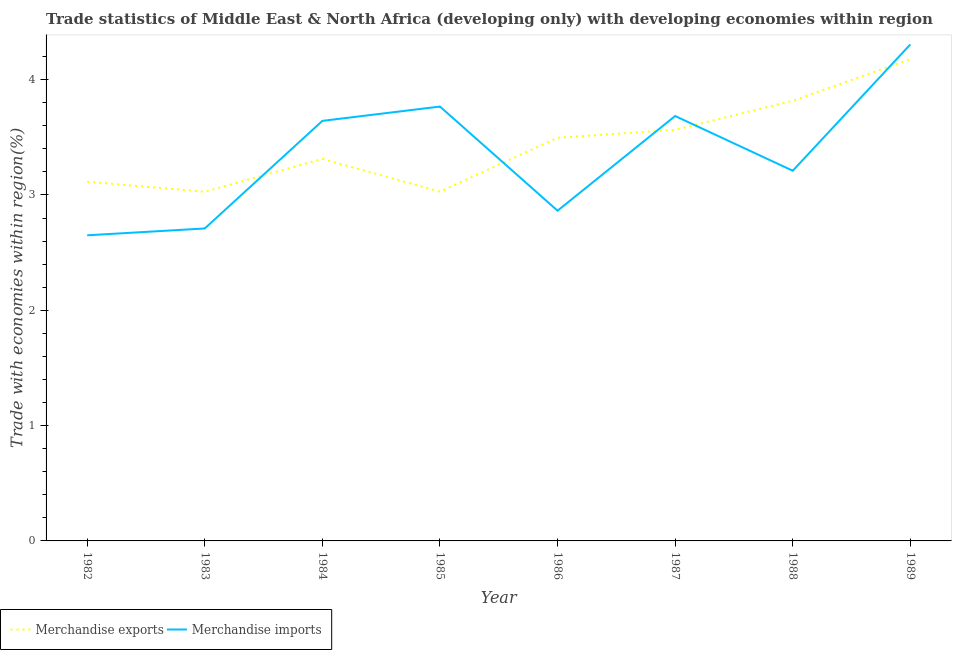
| Year | Merchandise exports | Merchandise imports |
 | --- | --- | --- |
 | 1982 | 3.12 | 2.65 |
 | 1983 | 3.03 | 2.71 |
 | 1984 | 3.31 | 3.64 |
 | 1985 | 3.03 | 3.77 |
 | 1986 | 3.5 | 2.86 |
 | 1987 | 3.57 | 3.68 |
 | 1988 | 3.82 | 3.21 |
 | 1989 | 4.18 | 4.31 |